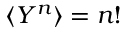
\langle Y ^ { n } \rangle = n !